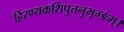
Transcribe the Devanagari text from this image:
हिरण्यकशिपुतनुभृग्ङंम्।